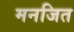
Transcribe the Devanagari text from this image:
मनजित